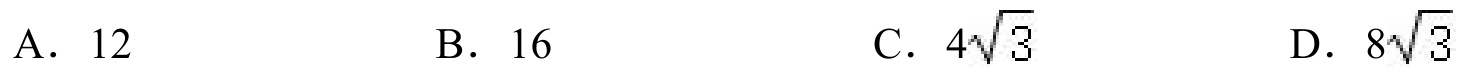
A. \(12\)  \hspace{2cm} B. \(16\)  \hspace{2cm} C. \(4\sqrt{3}\)  \hspace{2cm} D. \(8\sqrt{3}\)